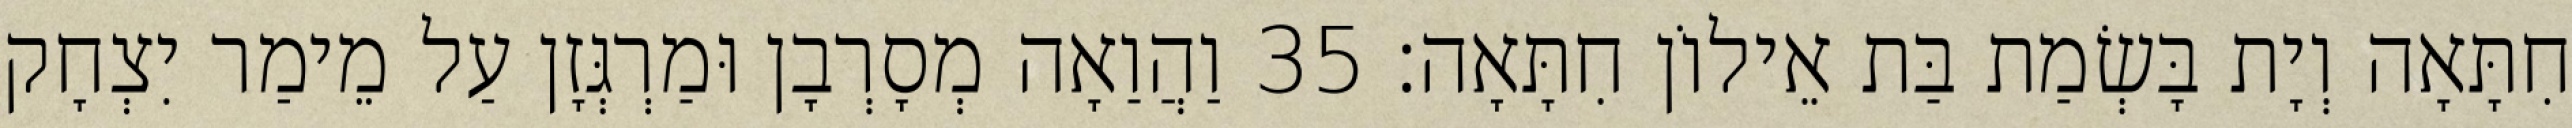
חִתָּאָה וְיָת בָּשְׂמַת בַּת אֵילוֹן חִתָּאָה׃ 35 וַהֲוַאָה מְסָרְבָן וּמַרְגְּזָן עַל מֵימַר יִצְחָק